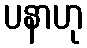
ပနာဟု